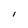
Character: l